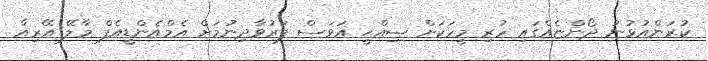
ކުރަންއުޅުނު ދޯންޏެއްގައި ހުރި މީހަކަށް ޞިއްޙީ އަވަސް ފަރުވާދިނުމަށް އެމްއެންޑީއެފް މާލޭ އޭރިއާ